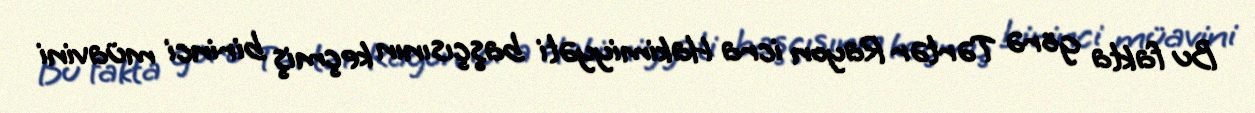
Bu fakta görə Tərtər Rayon icra Hakimiyyəti başçısının keçmiş birinci müavini